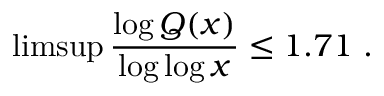
\operatorname* { l i m s u p } { \frac { \log Q ( x ) } { \log \log x } } \leq 1 . 7 1 \ .